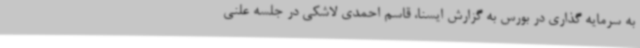
به سرمایه گذاری در بورس به گزارش ایسنا، قاسم احمدی لاشکی در جلسه علنی